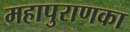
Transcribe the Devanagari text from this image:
महापुराणका